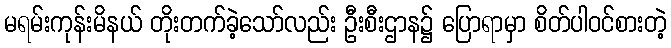
မရမ်းကုန်းမိနယ် တိုးတက်ခဲ့သော်လည်း ဦးစီးဌာန၌ ပြောရာမှာ စိတ်ပါဝင်စားတဲ့